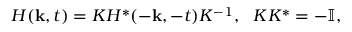
H ( { \bf k } , t ) = K H ^ { * } ( - { \bf k } , - t ) K ^ { - 1 } , ~ ~ K K ^ { * } = - \mathbb { I } ,